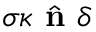
\sigma \kappa \hat { \textbf { n } } \delta